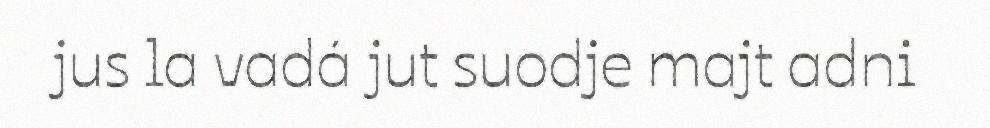
jus la vadá jut suodje majt adni